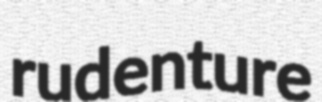
rudenture